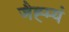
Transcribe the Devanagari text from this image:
जैह्म्यं